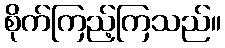
စိုက်ကြည့်ကြသည်။